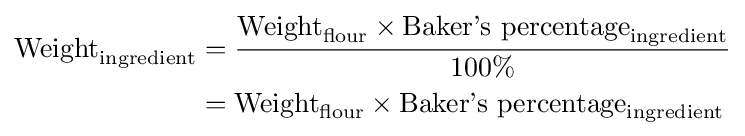
{\begin{aligned}{\text{Weight}}_{\text{ingredient}}&={\frac {{\text{Weight}}_{\text{flour}}\times {\text{Baker's percentage}}_{\text{ingredient}}}{100\%}}\\&={\text{Weight}}_{\text{flour}}\times {\text{Baker's percentage}}_{\text{ingredient}}\end{aligned}}